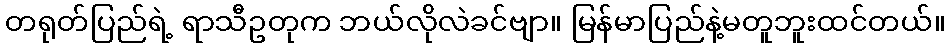
တရုတ်ပြည်ရဲ့ ရာသီဥတုက ဘယ်လိုလဲခင်ဗျာ။ မြန်မာပြည်နဲ့မတူဘူးထင်တယ်။